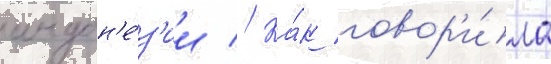
индон'е́з'ии // Ка́к говор'и́ла